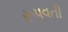
રૂપવતી